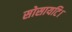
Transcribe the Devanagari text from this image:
सोसायटि।